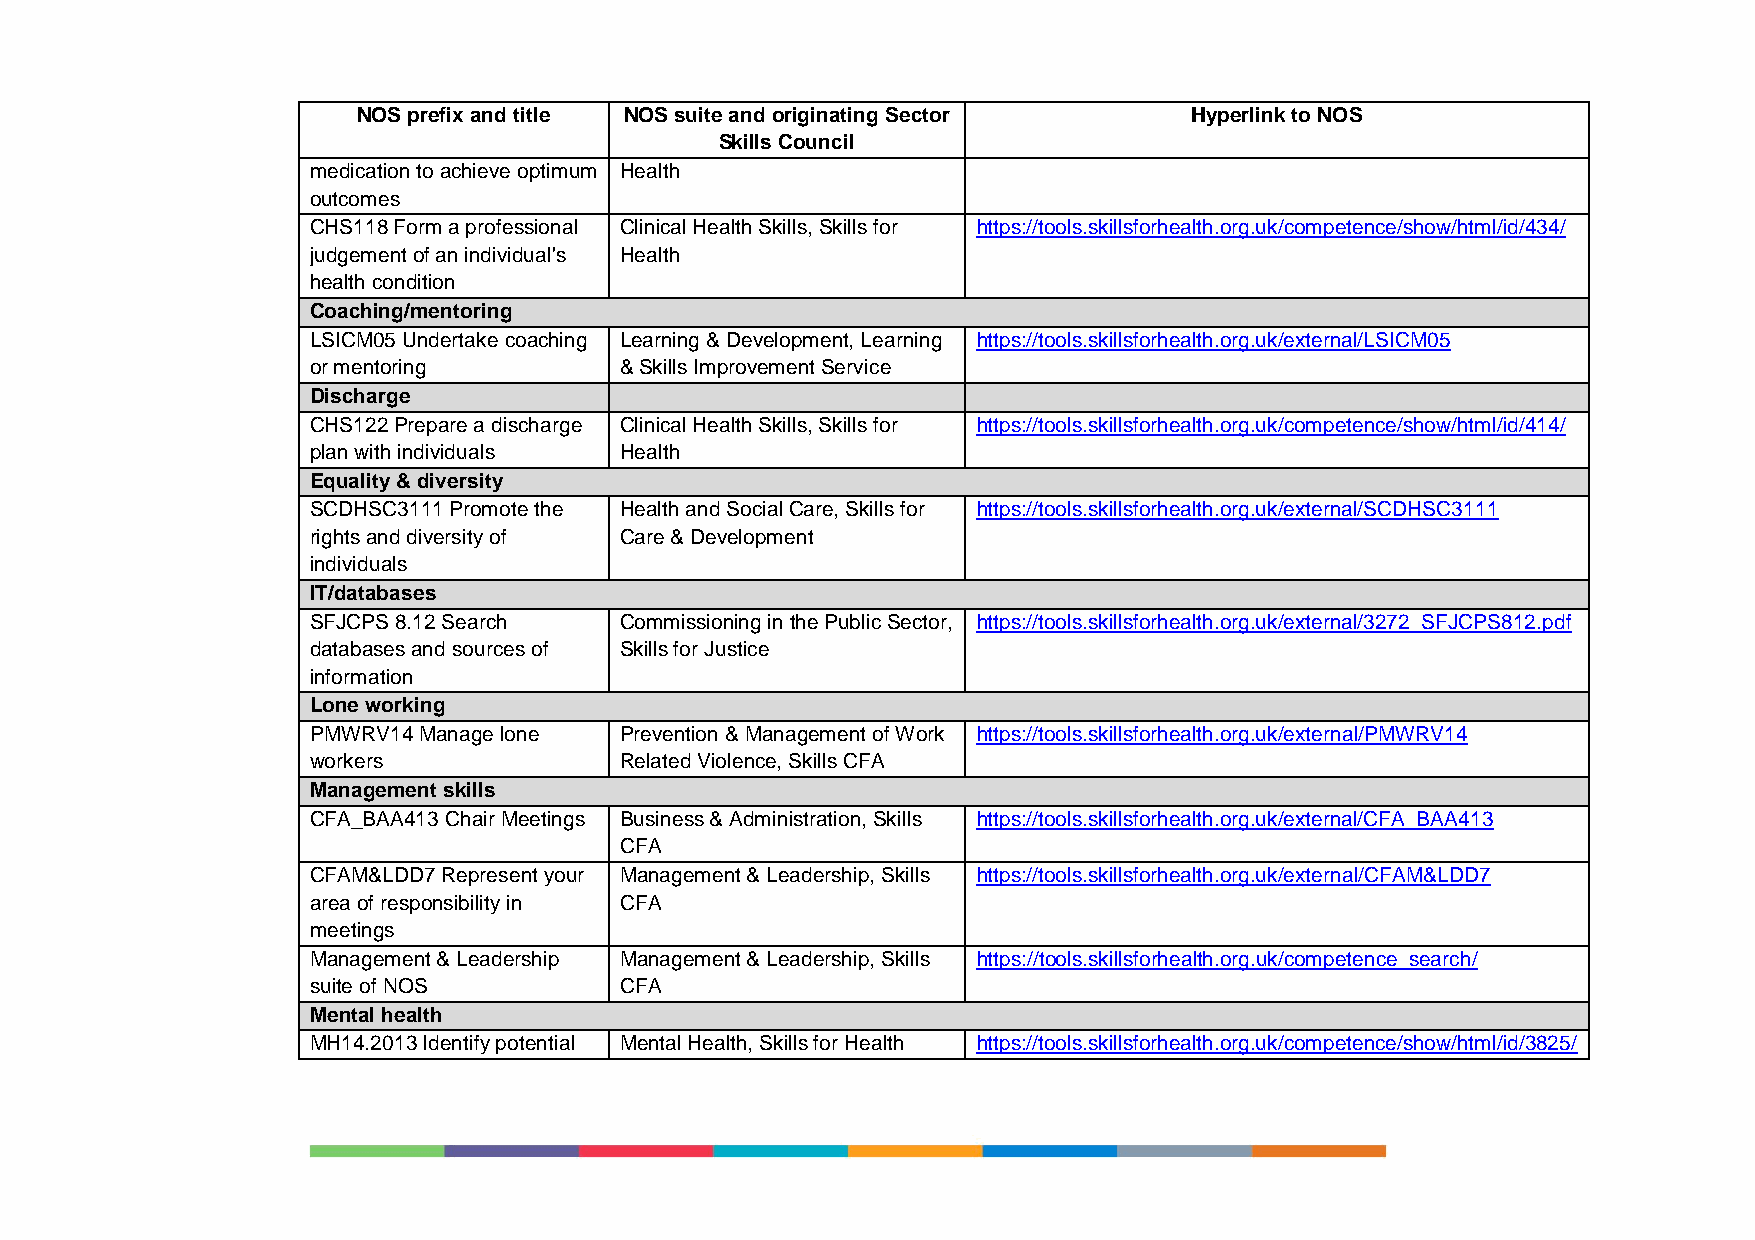
NOS prefix and title NOS suite and originating Sector  Hyperlink to NOS
 Skills Council
 medication to achieve optimum Health
 outcomes
 CHS118 Form a professional Clinical Health Skills, Skills for https://tools.skillsforhealth.org.uk/competence/show/html/id/434/
 judgement of an individual's Health
 health condition
 Coaching/mentoring
 LSICM05 Undertake coaching Learning & Development, Learning https://tools.skillsforhealth.org.uk/external/LSICM05
 or mentoring        & Skills Improvement Service
 Discharge
 CHS122 Prepare a discharge Clinical Health Skills, Skills for https://tools.skillsforhealth.org.uk/competence/show/html/id/414/
 plan with individuals Health
 Equality & diversity
 SCDHSC3111 Promote the Health and Social Care, Skills for https://tools.skillsforhealth.org.uk/external/SCDHSC3111
 rights and diversity of Care & Development
 individuals
 IT/databases
 SFJCPS 8.12 Search  Commissioning in the Public Sector, https://tools.skillsforhealth.org.uk/external/3272_SFJCPS812.pdf
 databases and sources of Skills for Justice
 information
 Lone working
 PMWRV14 Manage lone Prevention & Management of Work https://tools.skillsforhealth.org.uk/external/PMWRV14
 workers             Related Violence, Skills CFA
 Management skills
 CFA_BAA413 Chair Meetings Business & Administration, Skills https://tools.skillsforhealth.org.uk/external/CFA_BAA413
 CFA
 CFAM&LDD7 Represent your Management & Leadership, Skills https://tools.skillsforhealth.org.uk/external/CFAM&LDD7
 area of responsibility in CFA
 meetings
 Management & Leadership Management & Leadership, Skills https://tools.skillsforhealth.org.uk/competence_search/
 suite of NOS        CFA
 Mental health
 MH14.2013 Identify potential Mental Health, Skills for Health https://tools.skillsforhealth.org.uk/competence/show/html/id/3825/